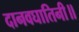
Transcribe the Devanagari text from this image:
दानवघातिनी॥